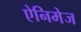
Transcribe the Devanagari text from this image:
ऐनिमेज